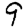
Digit: 9